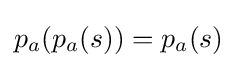
p_{a}(p_{a}(s))=p_{a}(s)